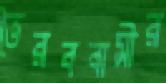
ভৈরববাসীর